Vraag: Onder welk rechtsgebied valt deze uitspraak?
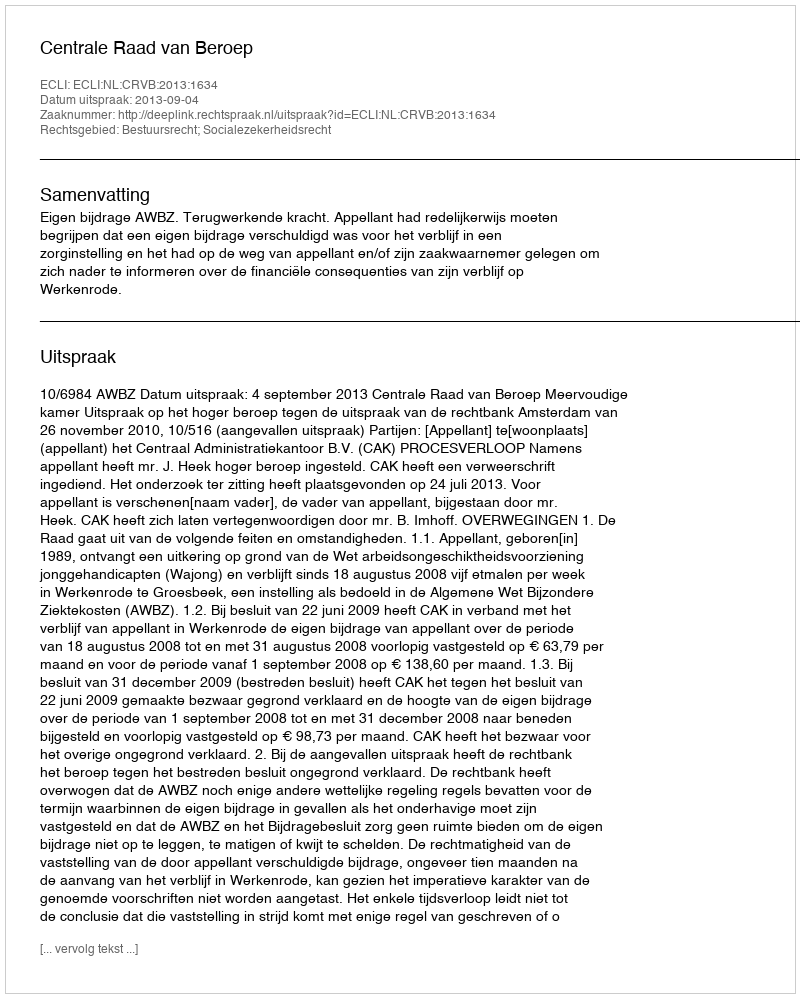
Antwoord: Bestuursrecht; Socialezekerheidsrecht